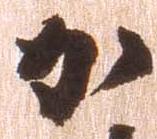
加